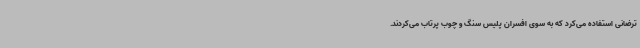
ترضانی استفاده می‌کرد که به سوی افسران پلیس سنگ و چوب پرتاب می‌کردند.